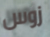
زوس